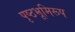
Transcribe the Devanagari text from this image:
पृष्ठभूमिरूप